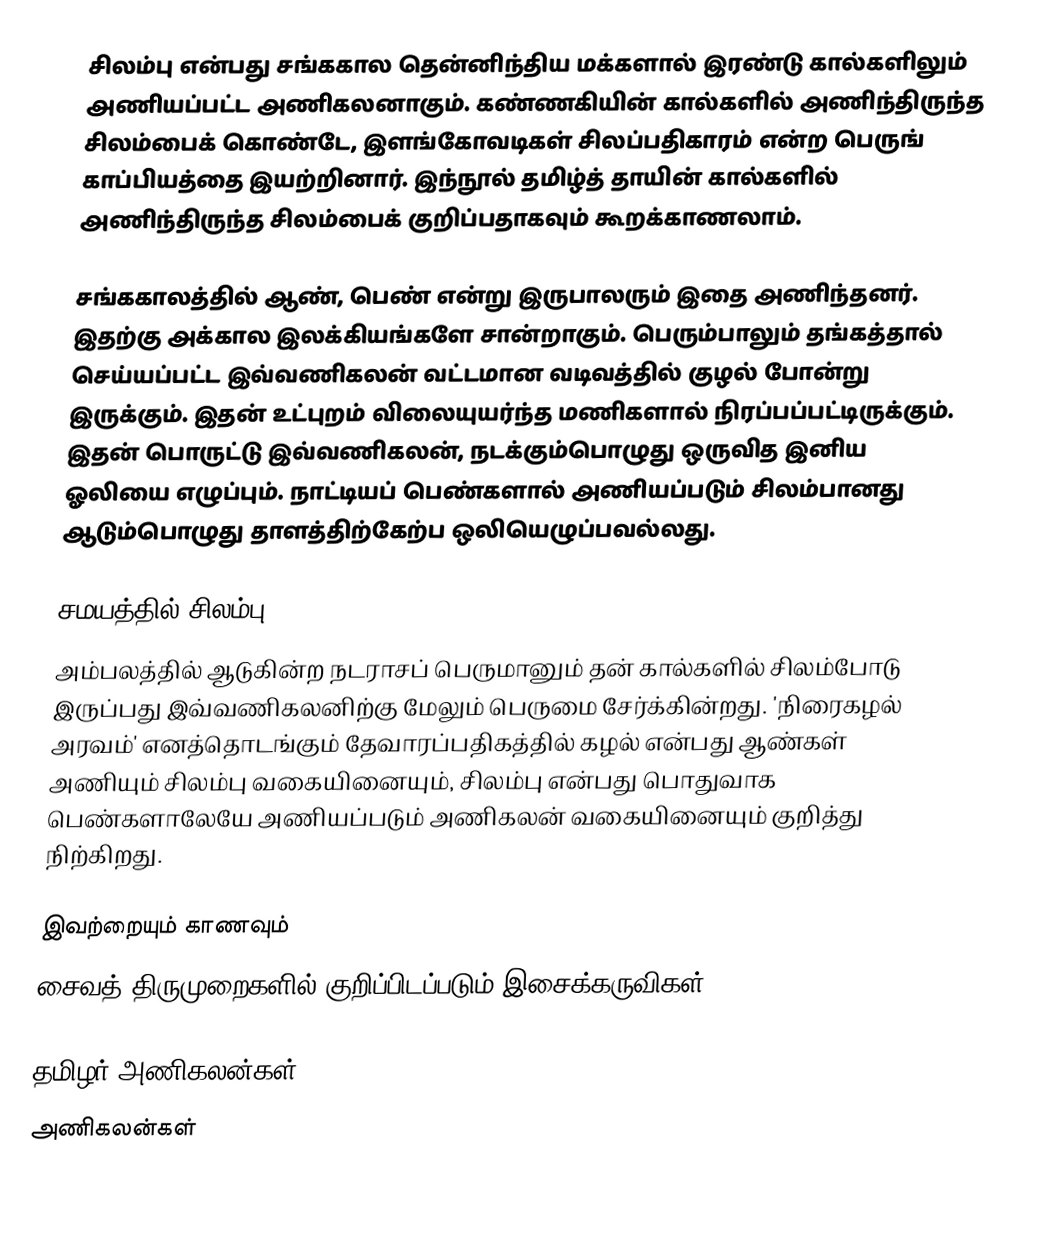
சிலம்பு என்பது சங்ககால தென்னிந்திய மக்களால் இரண்டு கால்களிலும் அணியப்பட்ட அணிகலனாகும். கண்ணகியின் கால்களில் அணிந்திருந்த சிலம்பைக் கொண்டே, இளங்கோவடிகள் சிலப்பதிகாரம் என்ற பெருங் காப்பியத்தை இயற்றினார். இந்நூல் தமிழ்த் தாயின் கால்களில் அணிந்திருந்த சிலம்பைக் குறிப்பதாகவும் கூறக்காணலாம்.

சங்ககாலத்தில் ஆண், பெண் என்று இருபாலரும் இதை அணிந்தனர். இதற்கு அக்கால இலக்கியங்களே சான்றாகும். பெரும்பாலும் தங்கத்தால் செய்யப்பட்ட இவ்வணிகலன் வட்டமான வடிவத்தில் குழல் போன்று இருக்கும். இதன் உட்புறம் விலையுயர்ந்த மணிகளால் நிரப்பப்பட்டிருக்கும். இதன் பொருட்டு இவ்வணிகலன், நடக்கும்பொழுது ஒருவித இனிய ஓலியை எழுப்பும். நாட்டியப் பெண்களால் அணியப்படும் சிலம்பானது ஆடும்பொழுது தாளத்திற்கேற்ப ஒலியெழுப்பவல்லது.

சமயத்தில் சிலம்பு
அம்பலத்தில் ஆடுகின்ற நடராசப் பெருமானும் தன் கால்களில் சிலம்போடு இருப்பது இவ்வணிகலனிற்கு மேலும் பெருமை சேர்க்கின்றது. 'நிரைகழல் அரவம்' எனத்தொடங்கும் தேவாரப்பதிகத்தில் கழல் என்பது ஆண்கள் அணியும் சிலம்பு வகையினையும், சிலம்பு என்பது பொதுவாக பெண்களாலேயே அணியப்படும் அணிகலன் வகையினையும் குறித்து நிற்கிறது.

இவற்றையும் காணவும்
 சைவத் திருமுறைகளில் குறிப்பிடப்படும் இசைக்கருவிகள்

தமிழர் அணிகலன்கள்
 அணிகலன்கள்